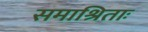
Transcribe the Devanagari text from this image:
समाश्रिताः